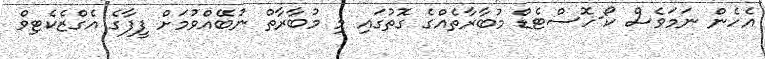
އެހެން ނަމަވެސް ކޯ-ހޮސްޓެޑް މުބާރާތެއްގެ ގޮތުގައި މި މުބާރާތް ނުބޭއްވުމަށް ފީފާގެ އެގްޒެކެޓިވް